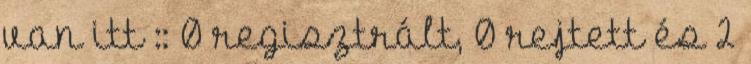
van itt :: 0 regisztrált, 0 rejtett és 2